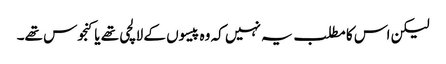
لیکن اس کا مطلب یہ نہیں کہ وہ پیسوں کے لالچی تھے یا کنجوس تھے۔